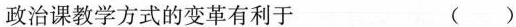
政治课教学方式的变革有利于 ( )